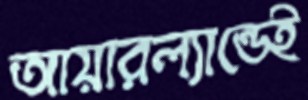
আয়ারল্যান্ডেই